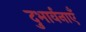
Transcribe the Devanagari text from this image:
दुभार्वनाएँ